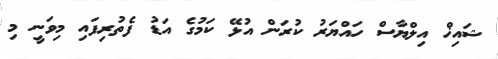
ޝައިޚް އިލްޔާސް ހައްޔަރު ކުރަން އުޅޭ ކަމުގެ އަޑު ފެތުރިފައި މިވަނީ މި